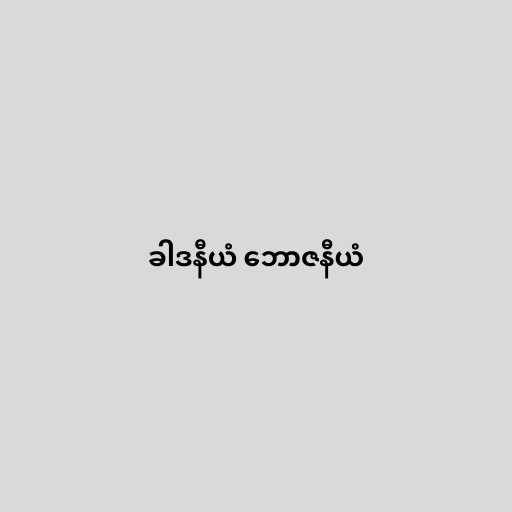
ခါဒနီယံ ဘောဇနီယံ